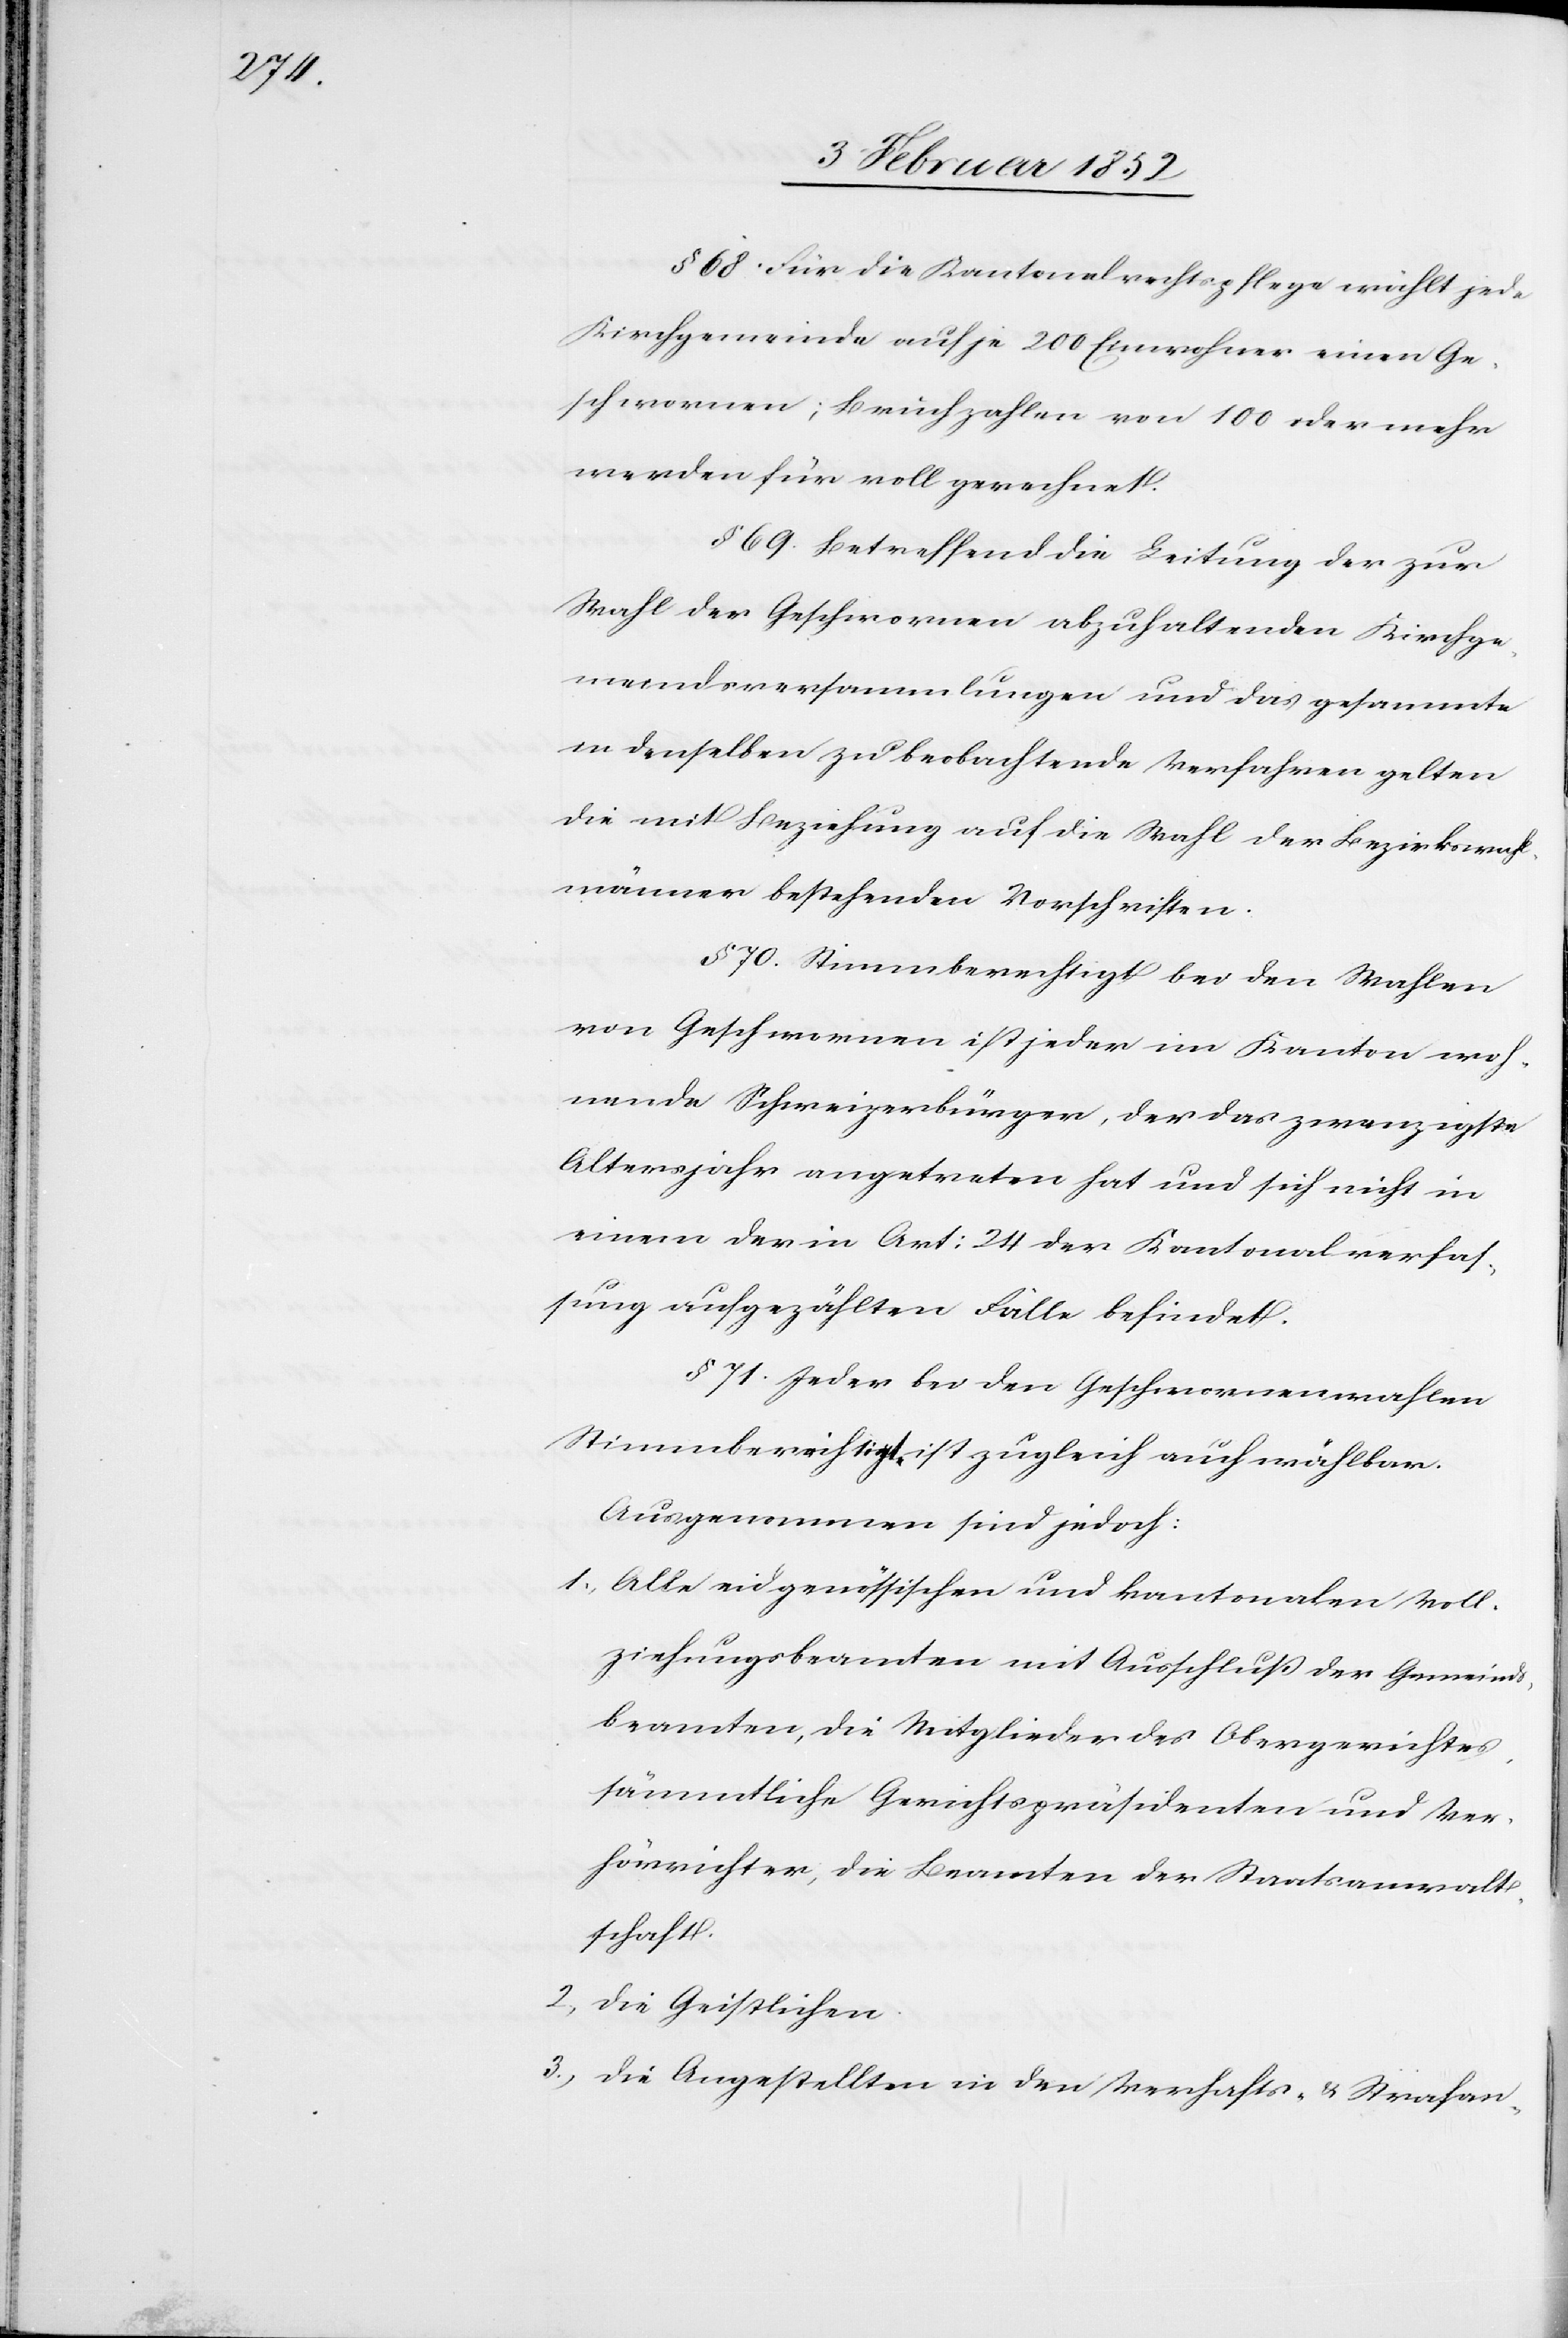
§ 68. Für die Kantonalrechtspflege wählt jede
Kirchgemeinde auf je 200 Einwohner einen Ge¬
schwornen; Bruchzahlen von 100 oder mehr
werden für voll gerechnet.
§ 69. Betreffend die Leitung der zur
Wahl der Geschwornen abzuhaltenden Kirchge¬
meindsversammlungen und das gesammte
in denselben zu beobachtende Verfahren gelten
die mit Beziehung auf die Wahl der Bezirkswahl¬
männer bestehenden Vorschriften.
§ 70. Stimmberechtigt bei den Wahlen
von Geschwornen ist jeder im Kanton woh¬
nende Schweizerbürger, der das zwanzigste
Altersjahr angetreten hat und sich nicht in
einem der in Art: 24 der Kantonalverfas¬
sung aufgezählten Fälle befindet.
§ 71. Jeder bei den Geschwornenwahlen
Stimmberechtigten ist zugleich auch wählbar.
Ausgenommen sind jedoch:
1.) Alle eidgenössischen und kantonalen Voll¬
ziehungsbeamtem mit Ausschluß der Gemeinds¬
beamten, die Mitglieder des Obergerichtes,
sämmtliche Gerichtspräsidenten und Ver¬
hörrichter, die Beamten der Staatsanwalt¬
schaft.
2.) Die Geistlichen.
3.) Die Angestellten in den Verhafts- u. Strafan-